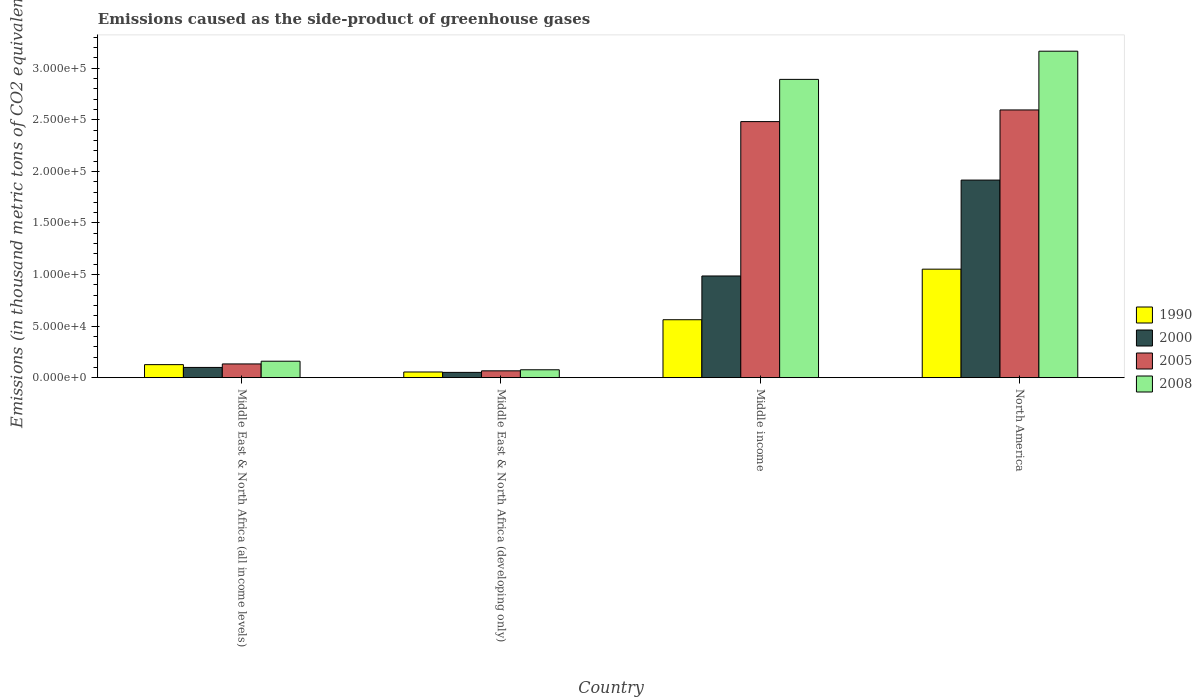
| Country | 1990 | 2000 | 2005 | 2008 |
 | --- | --- | --- | --- | --- |
 | Middle East & North Africa (all income levels) | 1.26e+04 | 9.92e+03 | 1.33e+04 | 1.6e+04 |
 | Middle East & North Africa (developing only) | 5.5e+03 | 5.12e+03 | 6.62e+03 | 7.66e+03 |
 | Middle income | 5.62e+04 | 9.86e+04 | 2.48e+05 | 2.89e+05 |
 | North America | 1.05e+05 | 1.92e+05 | 2.6e+05 | 3.17e+05 |